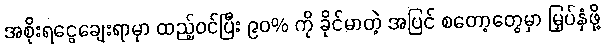
အစိုးရငွေချေးရာမှာ ထည့်ဝင်ပြီး ၉၀% ကို ခိုင်မာတဲ့ အပြင် စတော့တွေမှာ မြှပ်နှံဖို့